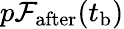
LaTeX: p\mathcal{F}_{\mathrm{after}}(t_{\mathrm{b}})